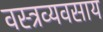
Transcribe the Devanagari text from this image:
वस्त्रव्यवसाय